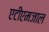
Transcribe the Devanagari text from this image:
एटीएमजाल